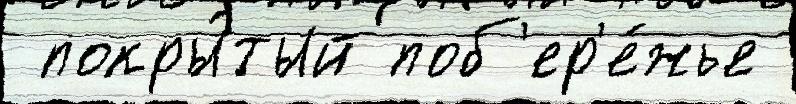
 покры́тый поб'ер'е́жье